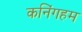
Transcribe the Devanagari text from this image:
कनिंगहम